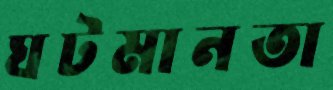
ঘটমানতা